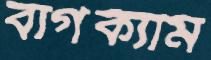
বার্গক্যাম